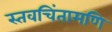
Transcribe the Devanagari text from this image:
स्तवचिंतामणि